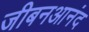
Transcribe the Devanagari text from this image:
जीबनआनंद